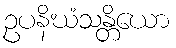
ဥပနိဃံသန္တိယော